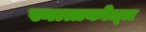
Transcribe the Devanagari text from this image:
स्नात्तकोत्त्र